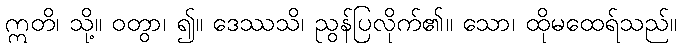
ဣတိ၊ သို့။ ဝတွာ၊ ၍။ ဒေဿသိ၊ ညွန်ပြလိုက်၏။ သော၊ ထိုမထေရ်သည်။